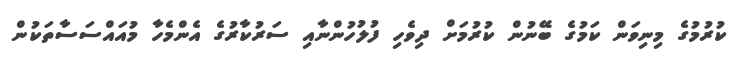
ކުރުމުގެ މިނިވަން ކަމުގެ ބޭނުން ކުރުމަށް ދިވެހި ފުލުހުންނާއި ސަރުކާރުގެ އެންމެހާ މުއައްސަސާތަކުން